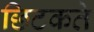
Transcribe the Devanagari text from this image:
छिटकते